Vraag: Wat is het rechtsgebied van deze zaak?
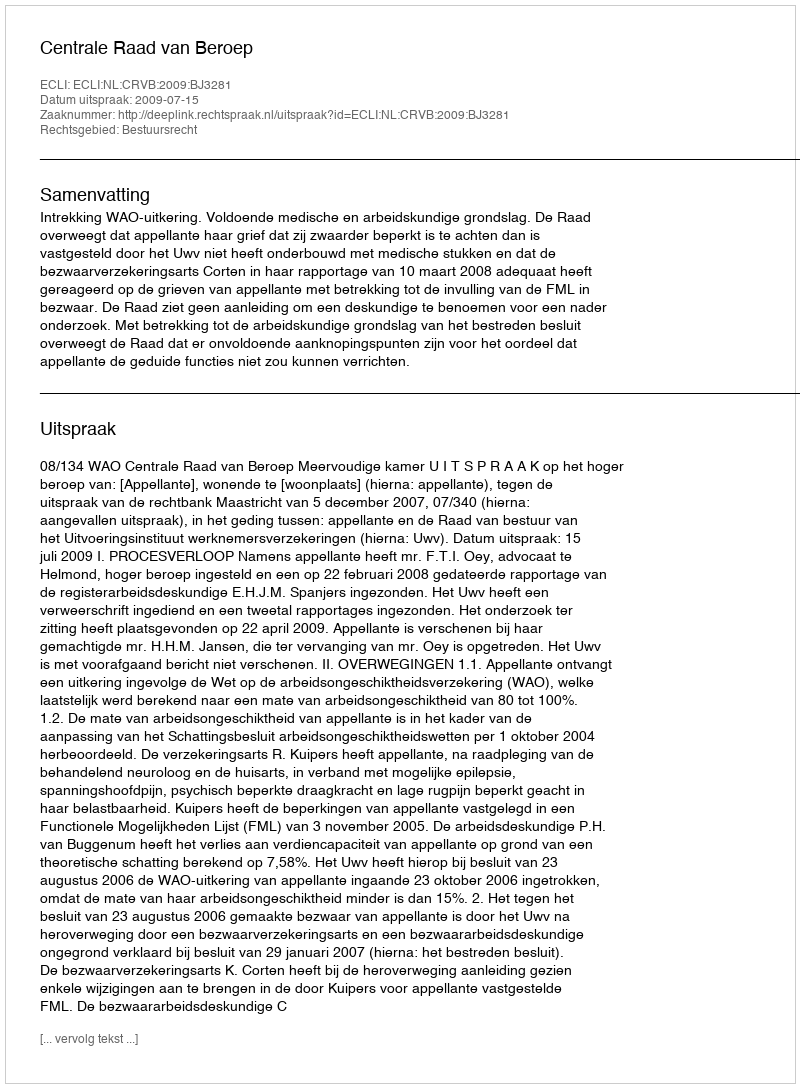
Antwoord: Bestuursrecht